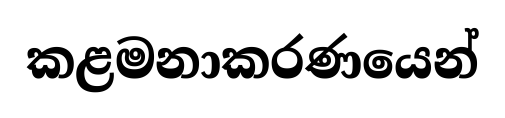
කළමනාකරණයෙන්